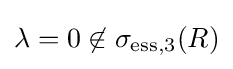
\lambda =0\not \in \sigma _{\mathrm {ess} ,3}(R)